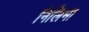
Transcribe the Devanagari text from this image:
निलिमा